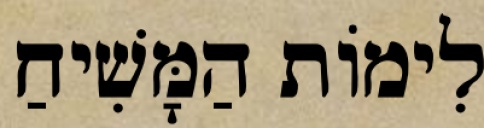
לִימוֹת הַמָּשִׁיחַ